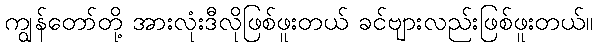
ကျွန်တော်တို့ အားလုံးဒီလိုဖြစ်ဖူးတယ် ခင်ဗျားလည်းဖြစ်ဖူးတယ်။